Report on plague in the Punjab from October 1st ... to September 30th ..., being the ... season of plague in the province
Disease focus: Plague
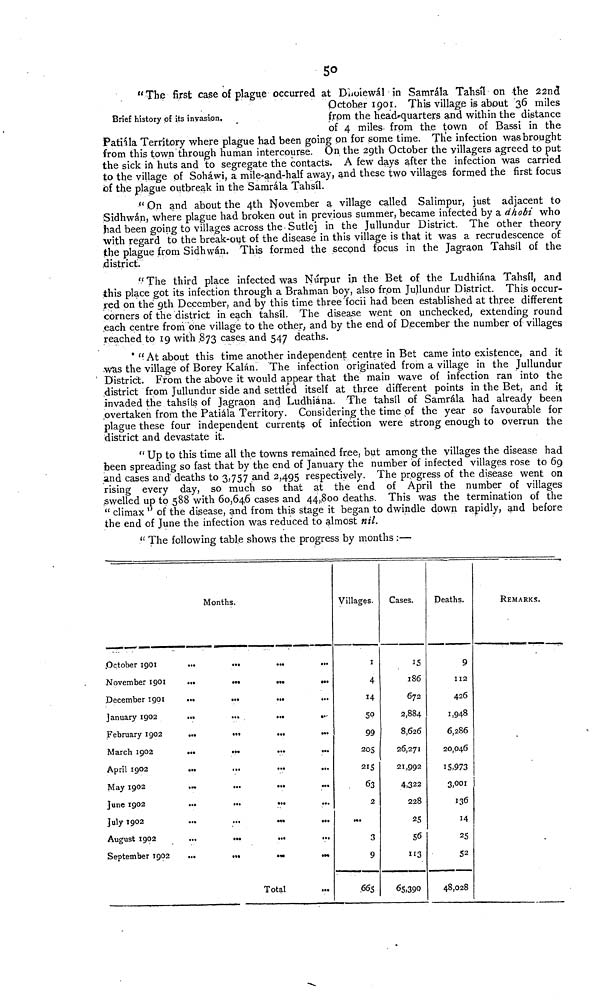
5o
"The first case of plague occurred at D'iioiewál in Samrála Tahsíl on the 22nd
October 1.901. This village is about 36 miles
Brief history pf its invasion.
from the head-quarters and within the distance
of 4 miles- from the town of Bassi in the
Patiála Territory where plague had been going on for some time. The infection was brought
from this town through human intercourse. On the 29th October the villagers agreed to put
the sick in huts and to segregate the contacts. A few days after the infection was carried
to the village of Soháwi, a mile-and-half away, and these two villages formed the first focus
of the plague outbreak in the Samrála Tahsíl.
" On and about the 4th November a village called Salimpur, just adjacent to
Sidhwán, where plague had broken out in previous summer, became infected by a dhobi who
had been going to villages across the Sutlej in the Jullundur District. The other theory
with regard to the break-out of the disease in this village is that it was a recrudescence of
the plague from Sidhwán. This formed the second focus in the Jagraon Tahsíl of the
district.
" The third place infected was Nurpur in the Bet of the Ludhiána Tahsíl, and
this place got its infection through a Brahman boy, also from Jullundur District. This occur-
red on the 9th December, and by this time three focii had been established at three different
corners of the district in each tahsíl. The disease went on unchecked, extending round
each centre from "one village to the other, and by the end of December the number of villages
reached to 19 with ,873 cases, and 547 deaths.
" At about this time another independent centre in Bet came into existence, and it
.was the village of Borey Kalán. The infection originated from a village in the Jullundur
' District. From the above it would appear that the main wave of infection ran into the
district from Jullundur side and settled itself at three different points in the Bet, and it;
invaded the tahsils of Jagraon and Ludhiána. The tahsíl of Samrála had already been
overtaken from the Patiála Territory. Considering the time pf the year so favourable for
plague these four independent currents of infection were strong enough to overrun the
district and devastate it.
" Up to this time all the towns remained free, but among the villages the disease had
been spreading so fast that by the end of January the number of infected villages rose to 69
and cases and deaths to 3,757 and 2,495 respectively. The progress of the disease went on
rising every day, so much so that at the end of April the number of villages
swelled up to 588 with 60,646 cases and 44,8oo deaths. This was the termination of the
" climax " of the disease, and from this stage it began to dwindle down rapidly, and before
the end of June the infection was reduced to almost nil.
" The following table shows the progress by months :—
October 1901
November 1901
Pecember 1901
January 1902
February 1902
March 1902
April 1902
May 1902
June 1902
July 1902
August 1902
September 1902
Months,
...
...
...
...
...
...
...
...
...
...
...
...
...
...
...
...
...
...
...
...
Total
...
...
...
...
...
...
...
-
...
...
...
...
Villages.
1
4
14
50
99
205
215
63
2
3
9
665
Cases.
15
186
672
2,884
8,626
26,271
21,992
4,322
228
25
56
113
65,390
Deaths.
9
112
426
1,948
6,286
20,046
15,973
3,001
136
14
25
52
48,028
REMARKS.